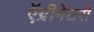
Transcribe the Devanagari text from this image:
ऍग्रीगेटरों